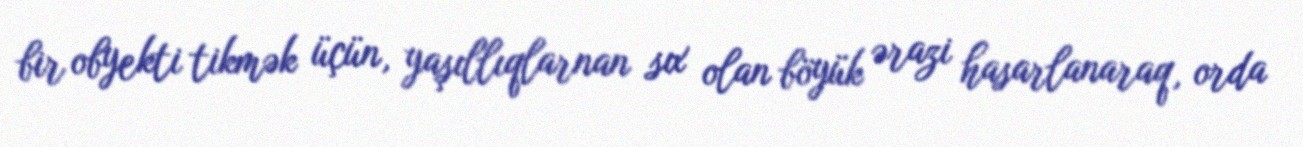
bir obyekti tikmək üçün, yaşıllıqlarnan sıx olan böyük ərazi hasarlanaraq, orda